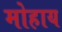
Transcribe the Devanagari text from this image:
मोहाय